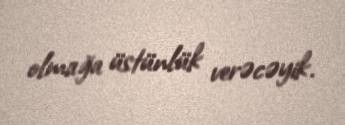
olmağa üstünlük verəcəyik.